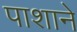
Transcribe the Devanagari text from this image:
पाशाने